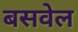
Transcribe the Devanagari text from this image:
बसवेल